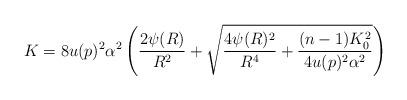
LaTeX: \begin{align*} K = 8u(p)^2\alpha^2 \left( \frac{2\psi(R)}{R^2} + \sqrt{\frac{4\psi(R)^2}{R^4} +\frac{(n-1)K_0^2}{4u(p)^2\alpha^2}} \right) \end{align*}